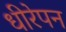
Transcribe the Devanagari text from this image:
धीरेपन